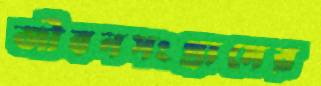
জীবনসংগ্রামের